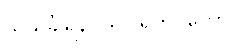
သသင်္ခါရနိဂ္ဂယှဝါရိတဝတော